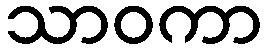
သာဝကာ